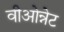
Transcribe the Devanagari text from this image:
वीओन्नेट